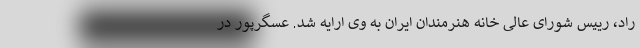
راد، رییس شورای عالی خانه هنرمندان ایران به وی ارایه شد. عسگرپور در